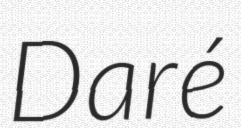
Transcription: Daré